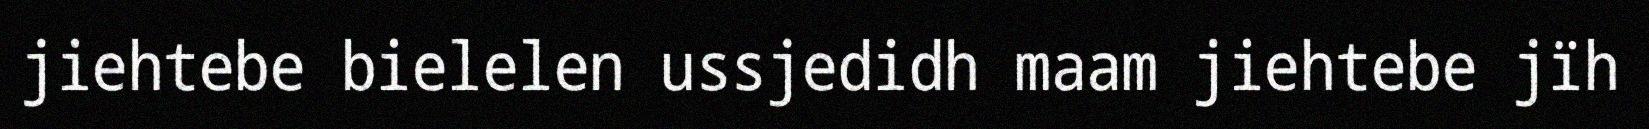
jiehtebe bielelen ussjedidh maam jiehtebe jïh